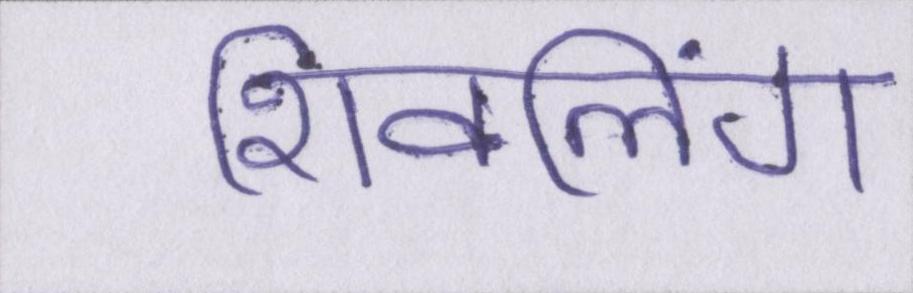
शिवलिंग